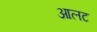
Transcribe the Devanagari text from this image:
आलट